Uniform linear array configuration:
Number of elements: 24
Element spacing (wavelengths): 1
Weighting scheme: hamming
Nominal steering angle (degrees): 30
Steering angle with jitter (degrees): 31.675
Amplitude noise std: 0.05
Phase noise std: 0.05

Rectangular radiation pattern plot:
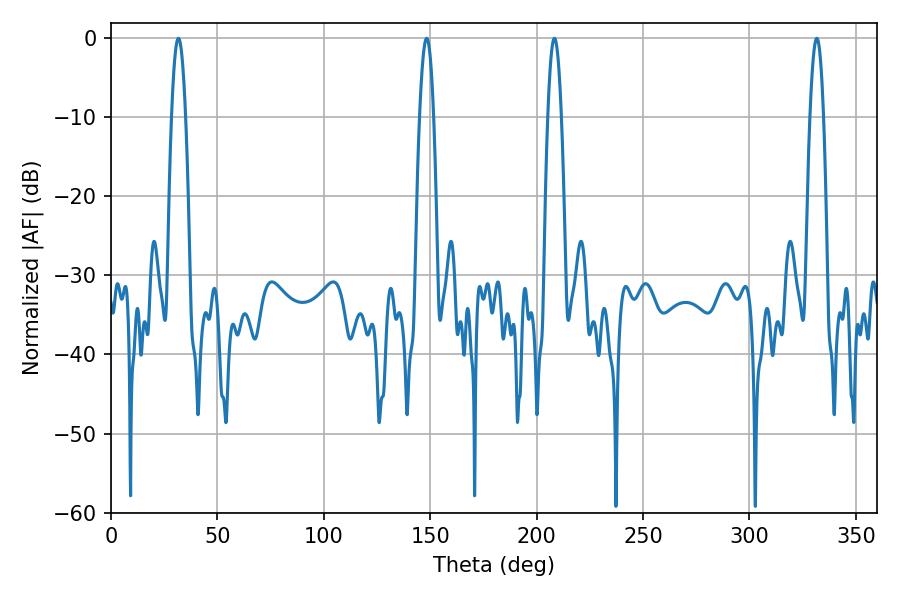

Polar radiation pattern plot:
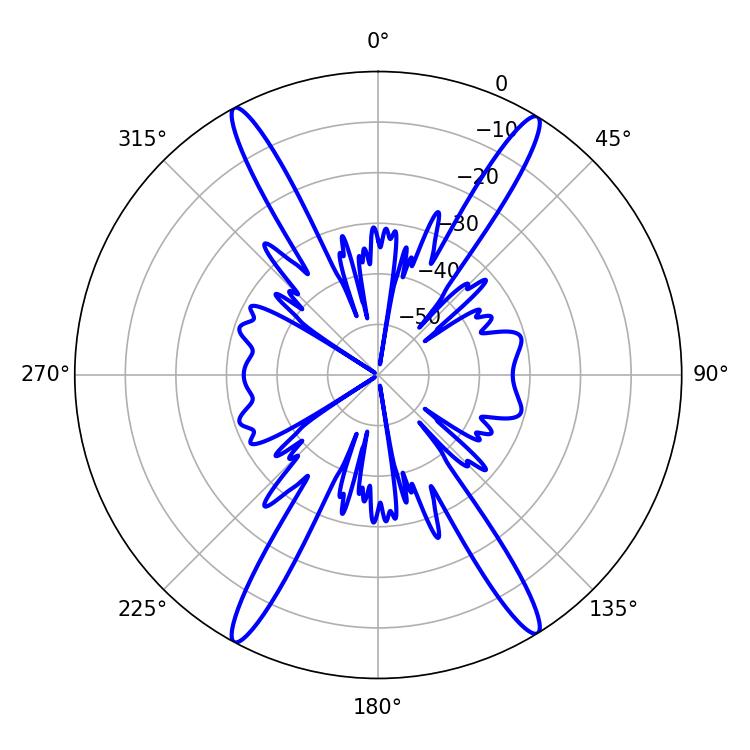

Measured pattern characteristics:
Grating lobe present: TRUE
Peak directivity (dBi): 23.508
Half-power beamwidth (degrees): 3.6
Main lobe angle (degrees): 31.68